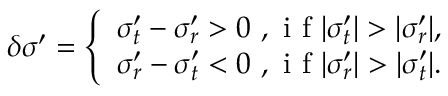
\delta \sigma ^ { \prime } = \left\{ \begin{array} { l } { \sigma _ { t } ^ { \prime } - \sigma _ { r } ^ { \prime } > 0 \mathrm { ~ , ~ i ~ f ~ } | \sigma _ { t } ^ { \prime } | > | \sigma _ { r } ^ { \prime } | , } \\ { \sigma _ { r } ^ { \prime } - \sigma _ { t } ^ { \prime } < 0 \mathrm { ~ , ~ i ~ f ~ } | \sigma _ { r } ^ { \prime } | > | \sigma _ { t } ^ { \prime } | . } \end{array} \right.